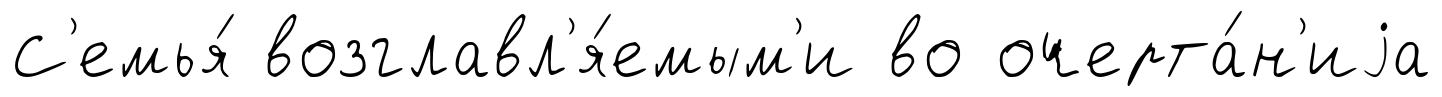
С'емья́ возглавл'я́емым'и во очерта́н'иjа